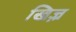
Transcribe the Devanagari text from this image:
खिज़्र